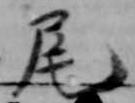
尾